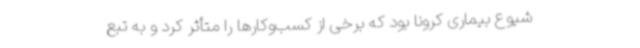
شیوع بیماری کرونا بود که برخی از کسب‌وکارها را متأثر کرد و به تبع